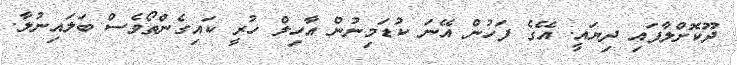
ދޫކޮށްލާފައި ދިޔައީ. އޭގެ ފަހުން އޭނަ ކުޑަމިނުން އާހިލް ހުރީ ކައިގެންތޯވެސް ބަލައިނުލާ.